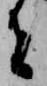
者